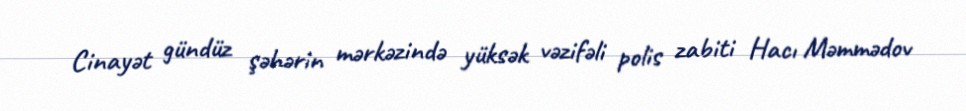
Cinayət gündüz şəhərin mərkəzində yüksək vəzifəli polis zabiti Hacı Məmmədov